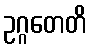
ဥဂ္ဂတေတိ